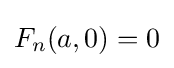
F_{n}(a,0)=0